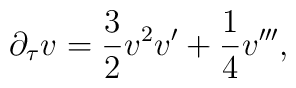
\partial_\tau v =\frac{3}{2} v^2 v^{\prime} + \frac{1}{4}v^{\prime \prime \prime},